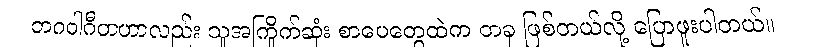
ဘဂဝါဂီတဟာလည်း သူအကြိုက်ဆုံး စာပေတွေထဲက တခု ဖြစ်တယ်လို့ ပြောဖူးပါတယ်။